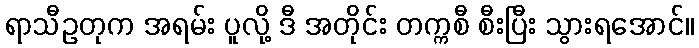
ရာသီဥတုက အရမ်း ပူလို့ ဒီ အတိုင်း တက္ကစီ စီးပြီး သွားရအောင်။